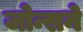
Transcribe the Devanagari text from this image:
जोन्सने